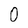
Character: 0